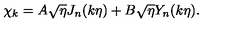
\chi _ { k } = A \sqrt { \eta } J _ { n } ( k \eta ) + B \sqrt { \eta } Y _ { n } ( k \eta ) .